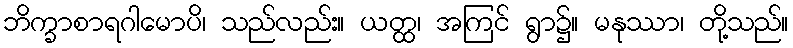
ဘိက္ခာစာရဂါမောပိ၊ သည်လည်း။ ယတ္ထ၊ အကြင် ရွာ၌။ မနုဿာ၊ တို့သည်။